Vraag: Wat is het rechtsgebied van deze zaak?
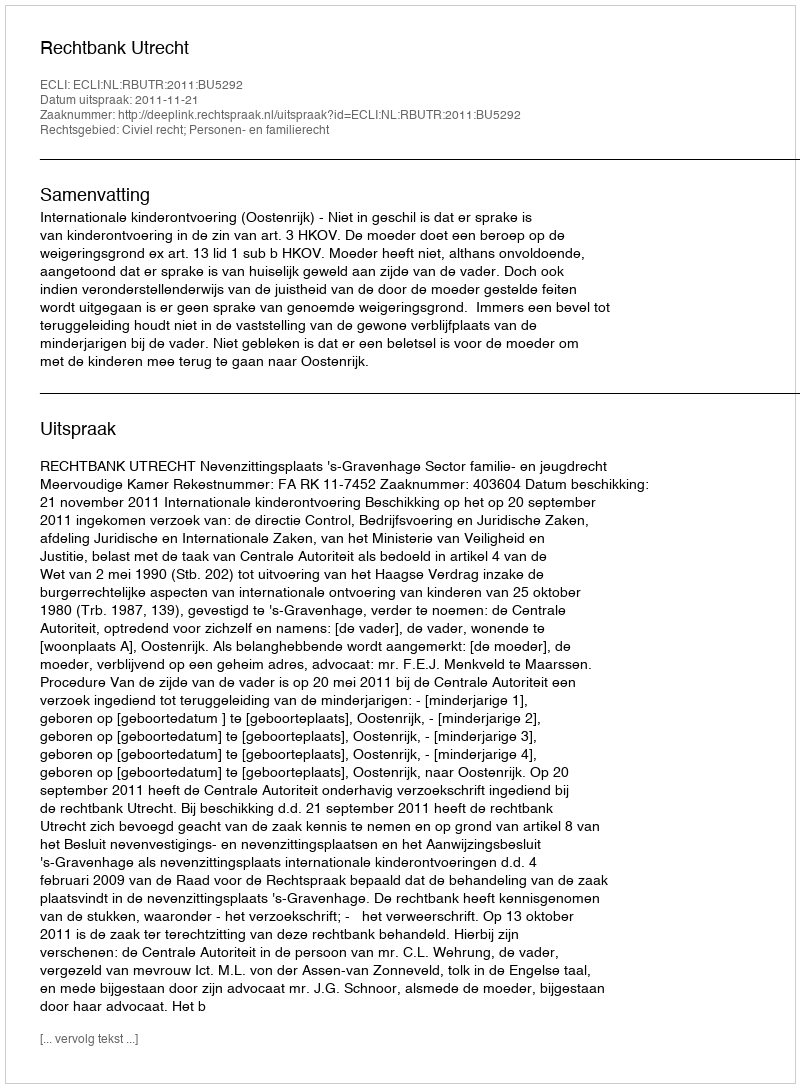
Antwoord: Civiel recht; Personen- en familierecht